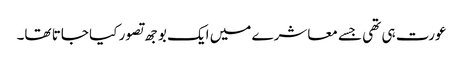
عورت ہی تھی جسے معاشرے میں ایک بوجھ تصور کیا جاتا تھا۔